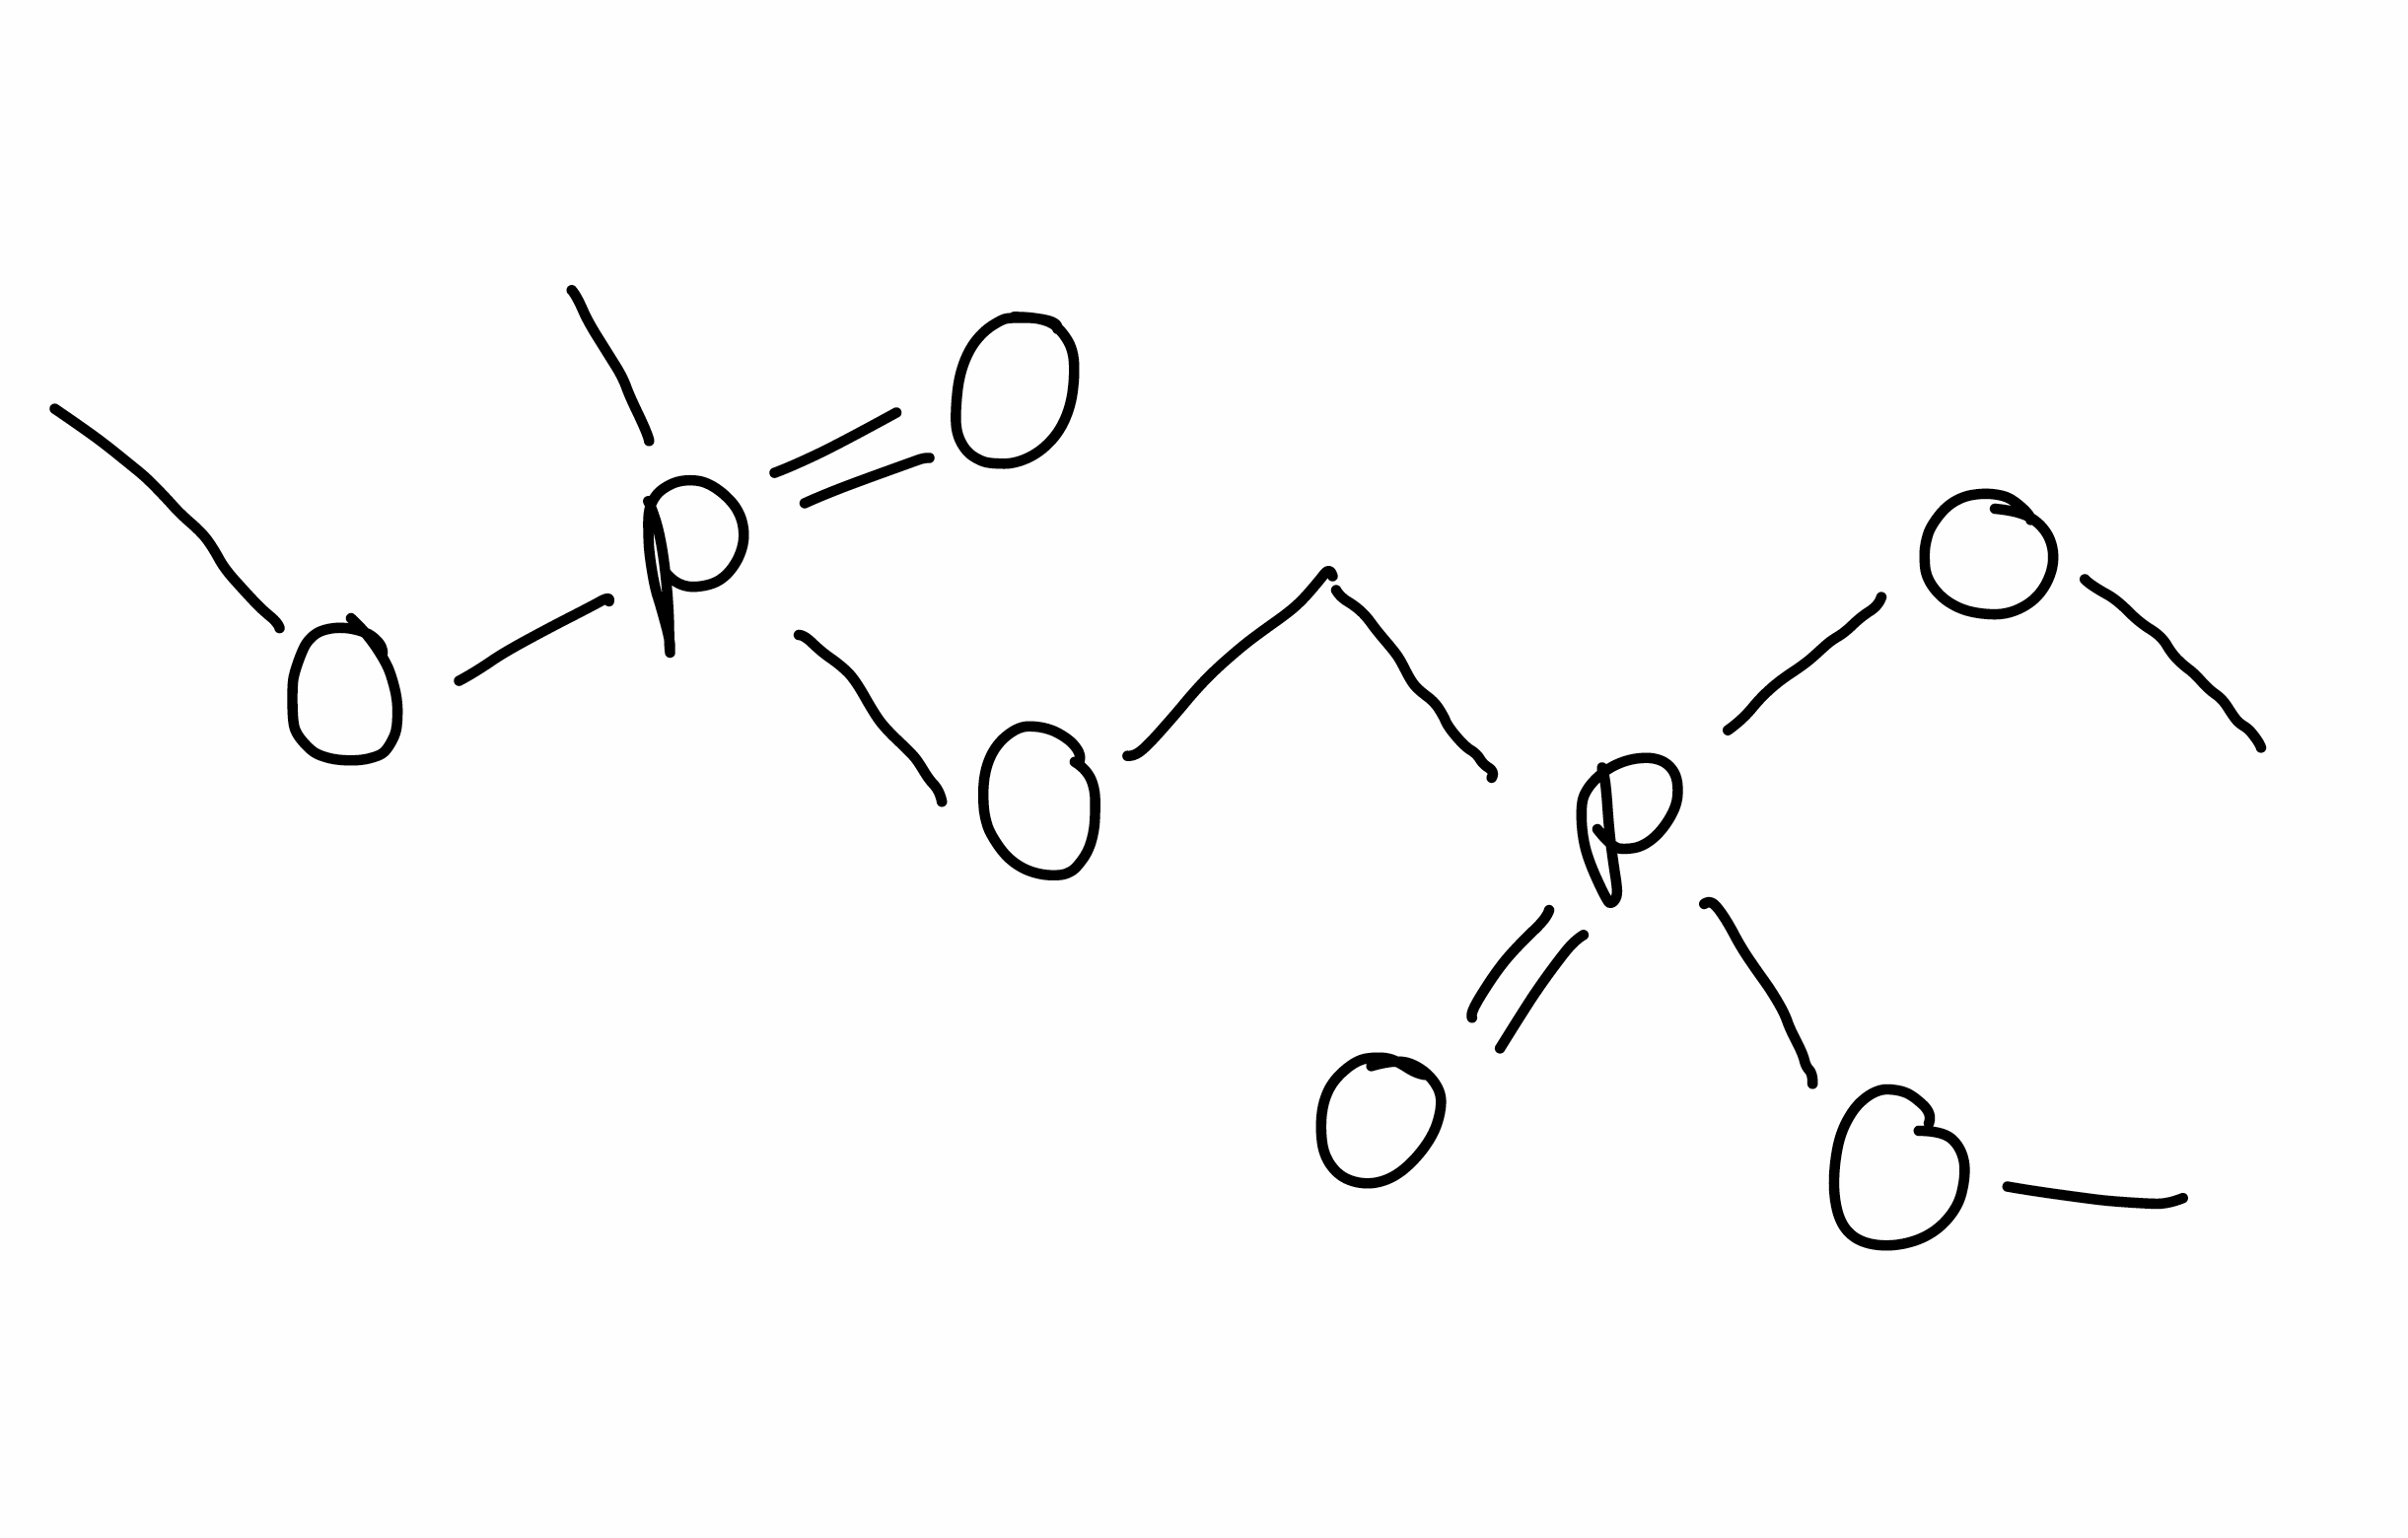
Simplified molecular-input line-entry system (SMILES) notation of the given molecule:
COP(=O)(C)OCP(=O)(OC)OC